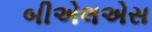
બીએલએસ